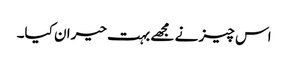
اس چیز نے مجھے بہت حیران کیا۔